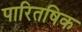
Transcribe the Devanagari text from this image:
पारितषिक